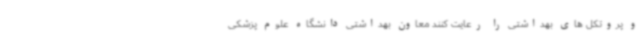
و پروتکل های بهداشتی را رعایت کنند معاون بهداشتی دانشگاه علوم پزشکی